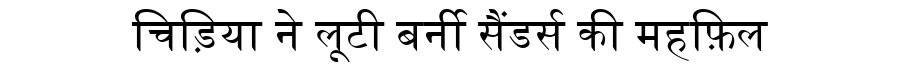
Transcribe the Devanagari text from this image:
चिड़िया ने लूटी बर्नी सैंडर्स की महफ़िल